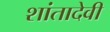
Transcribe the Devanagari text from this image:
शांतादेवी